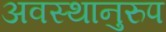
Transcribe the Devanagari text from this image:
अवस्थानुरुप